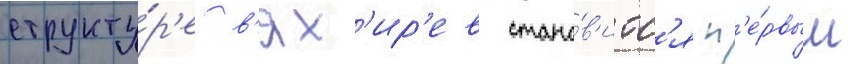
структу́р'е в'ях'ир'ев стано́в'итс'я п'е́рвым